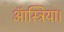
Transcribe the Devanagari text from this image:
ऑस्ट्रिया।